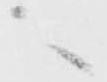
へ